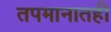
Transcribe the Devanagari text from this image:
तपमानातही